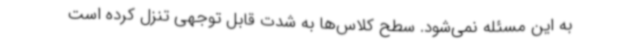
به این مسئله نمی‌شود. سطح کلاس‌ها به شدت قابل توجهی تنزل کرده است